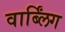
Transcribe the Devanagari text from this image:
वार्ब्लिंग